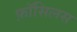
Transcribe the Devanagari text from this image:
फ़ॉसिलस